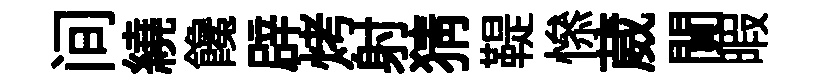
间繞饞辟烤射猜鞮𢡖葳閴暇